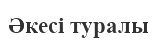
Әкесі туралы